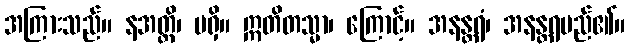
အကြားသည်။ နအတ္ထိ၊ မရှိ။ ဣတိတသ္မာ၊ ကြောင့်။ အနန္တရံ၊ အနန္တရမည်၏။